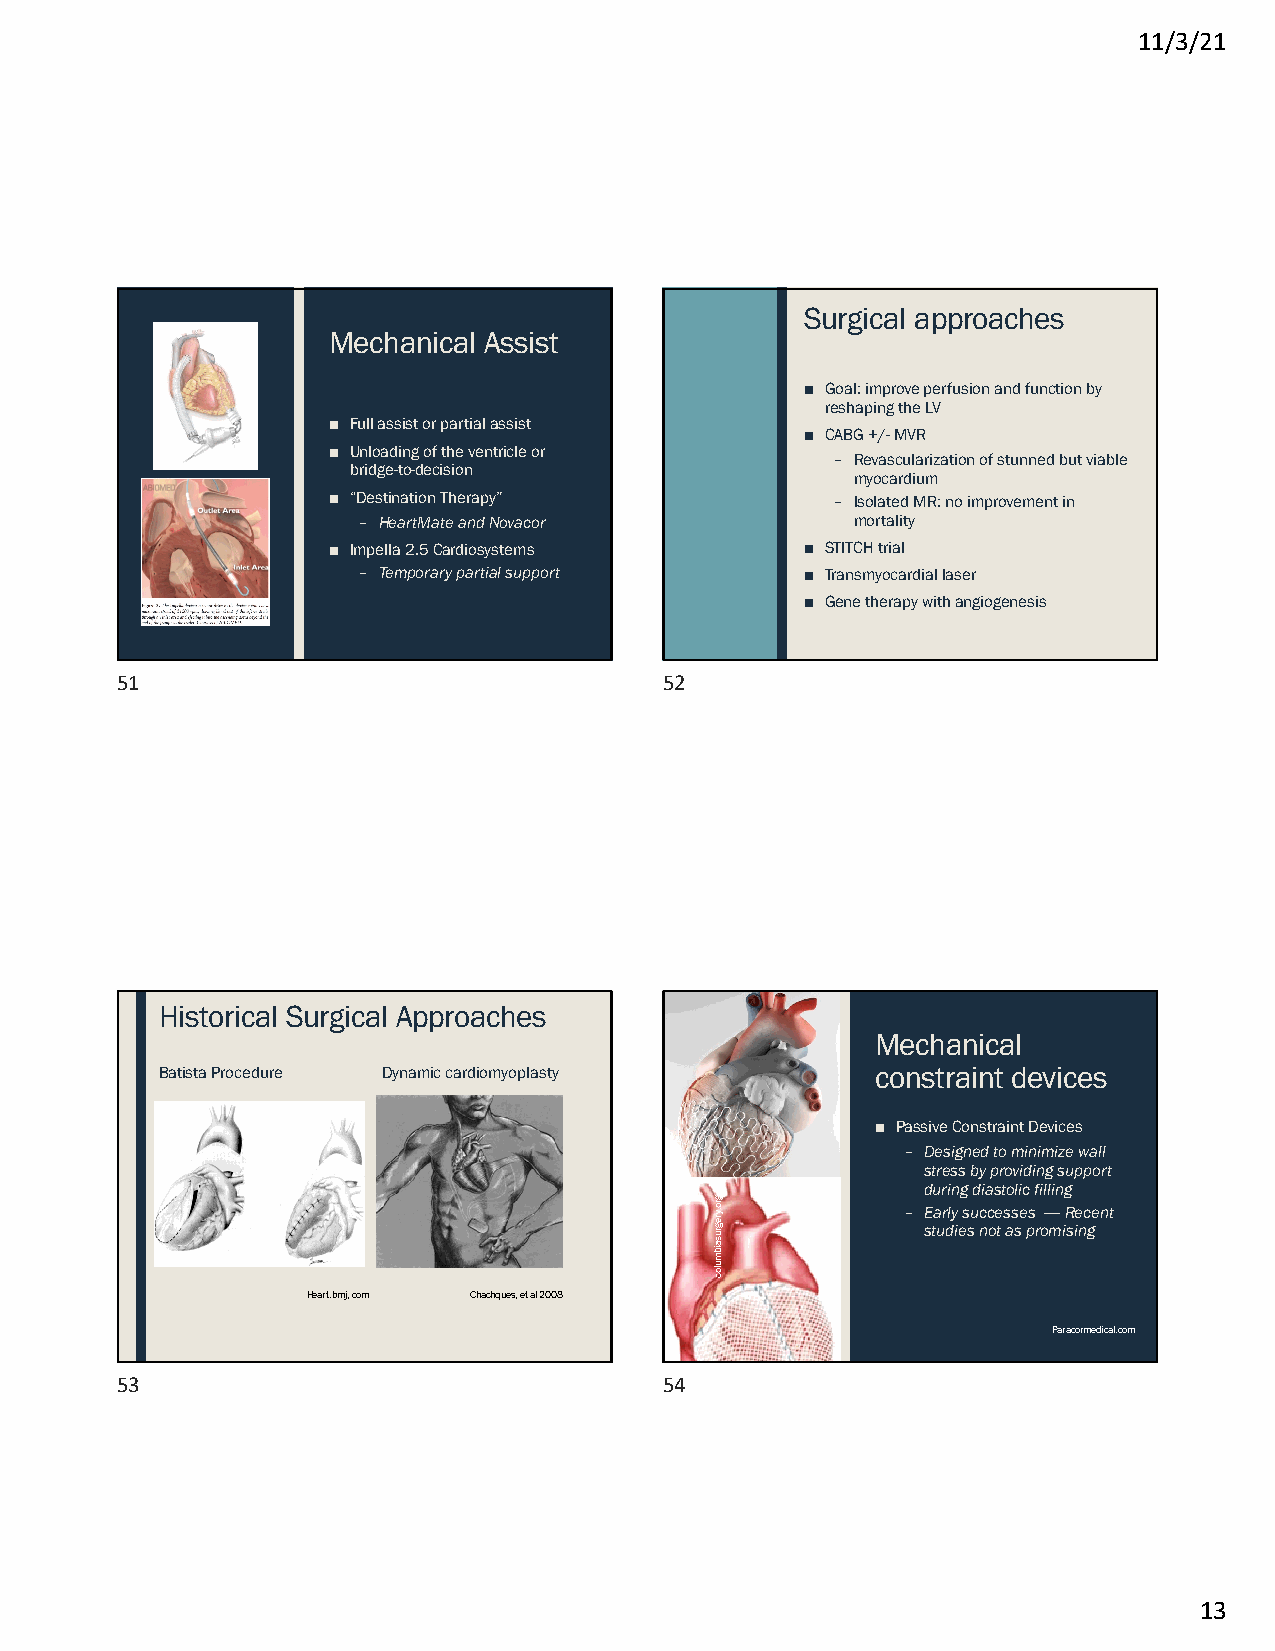
11/3/21
 Surgical approaches
 Mechanical Assist
 ■ Goal: improve perfusion and function by
 reshaping the LV
 ■ Full assist or partial assist
 ■ CABG +/-MVR
 ■ Unloading of the ventricle or
 – Revascularization of stunned but viable
 bridge-to-decision
 myocardium
 ■ “Destination Therapy”          – Isolated MR: no improvement in
 – HeartMate and Novacor          mortality
 ■ Impella2.5 Cardiosystems     ■ STITCH trial
 – Temporary partial support  ■ Transmyocardiallaser
 ■ Gene therapy with angiogenesis
 51                                  52
 Historical Surgical Approaches
 Mechanical
 Batista Procedure Dynamic cardiomyoplasty      constraint devices
 ■ Passive Constraint Devices
 – Designed to minimize wall
 stress by providing support
 during diastolic filling
 – Early successes ----Recent
 studies not as promising
 Heart.bmj, com Chachques, et al 2008
 Paracormedical.com
 53                                  54
 13
 gro.yregrusaibmuloc